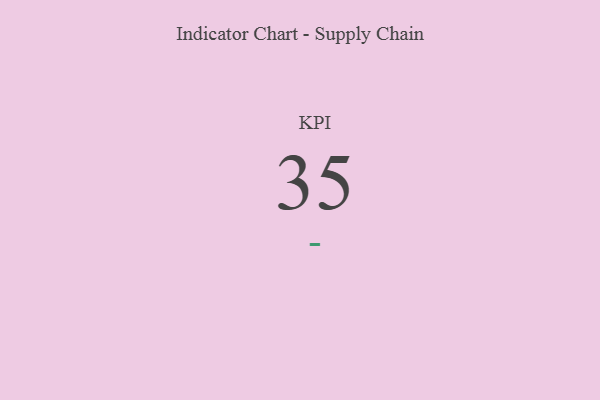
{"axis": {"x": "KPI", "y": "Value"}, "legend": [""], "data": [{"x": "KPI", "y": 35, "type": ""}]}